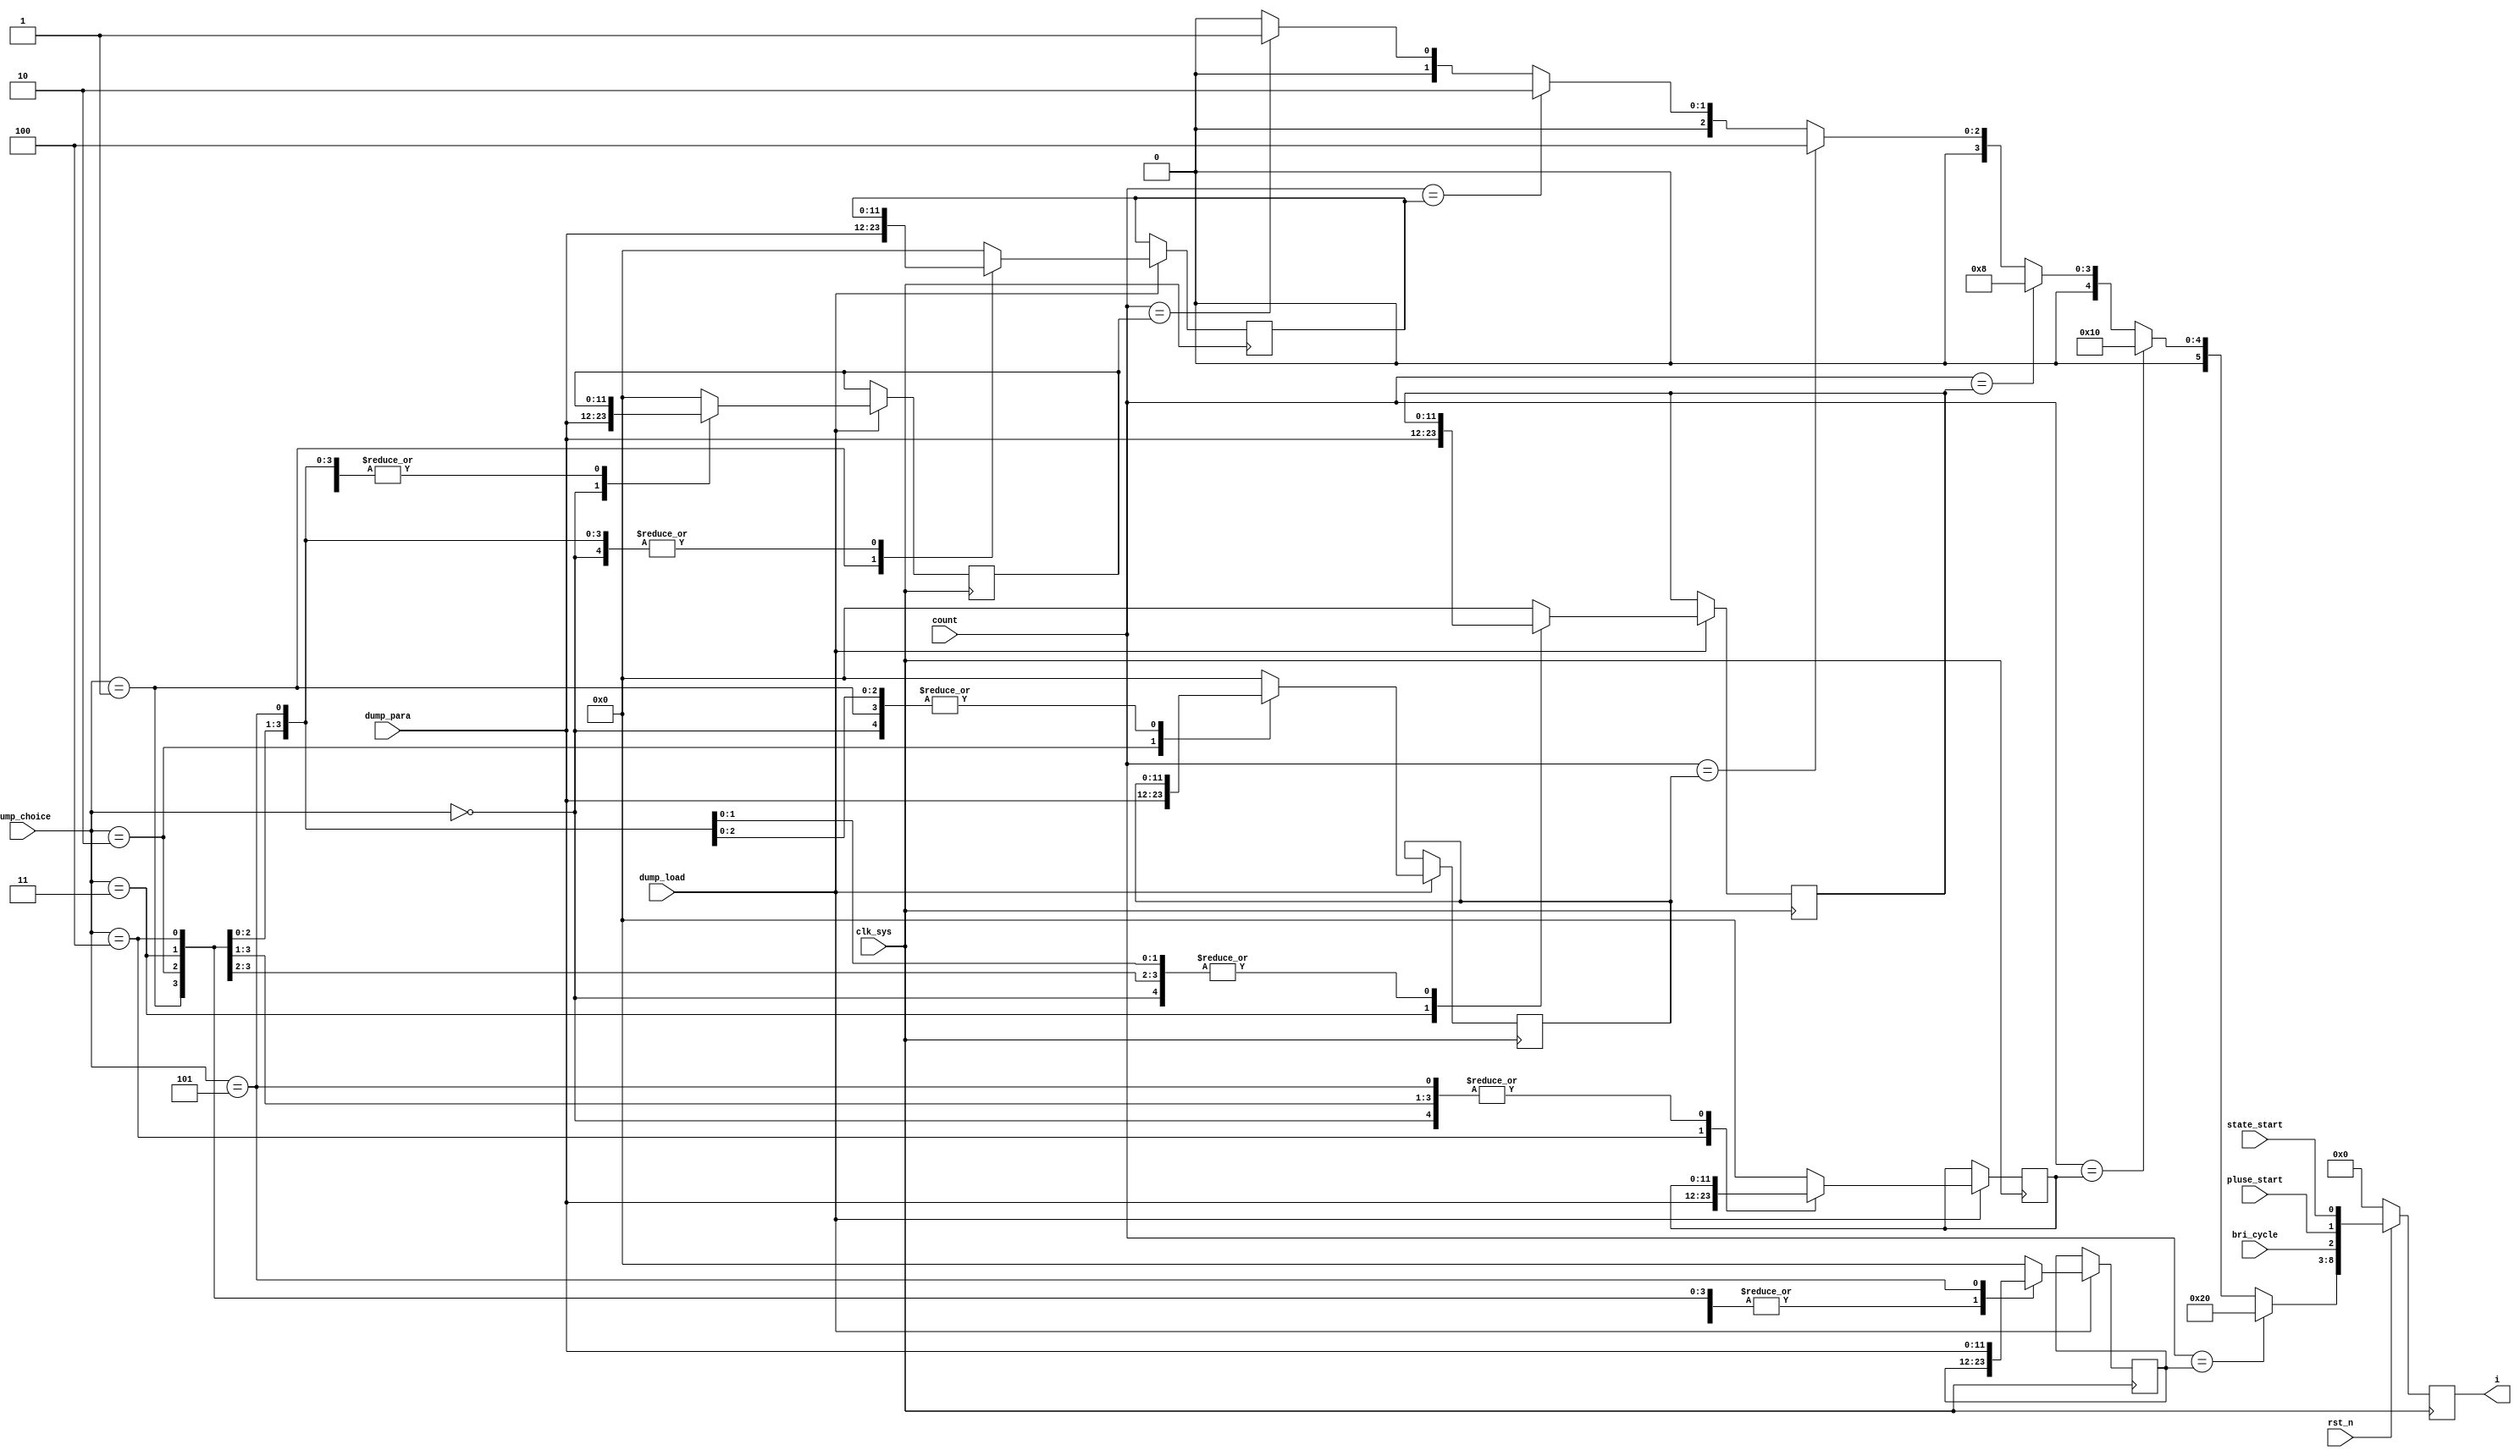
// dump_coder.v
module dump_coder(
                  clk_sys,
                  rst_n,
                  state_start,
                  pluse_start,
                  bri_cycle,
                  dump_load,
                  dump_choice,
                  dump_para,
                  count,
                  i
                 );

input clk_sys;
input rst_n;
input state_start;
input pluse_start;
input bri_cycle;
input dump_load;

input [2:0]  dump_choice;
input [11:0] dump_para;


input [11:0] count;

output [8:0] i;

reg [5:0] i_reg;
reg [8:0] i;

reg [11:0] para1;
reg [11:0] para2;
reg [11:0] para3;
reg [11:0] para4;
reg [11:0] para5;
reg [11:0] para6;

always @ (posedge clk_sys)
    begin
         if (dump_load == 1'b1)
             begin
                  case (dump_choice)
                      3'b000:
                          para1 <= dump_para;
                      3'b001:
                          para2 <= dump_para;
                      3'b010:
                          para3 <= dump_para;
                      3'b011:
                          para4 <= dump_para;
                      3'b100:
                          para5 <= dump_para;
                      3'b101:
                          para6 <= dump_para;
                      default:
                          begin
                               para1 <= 12'b0;
                               para2 <= 12'b0;
                               para3 <= 12'b0;
                               para4 <= 12'b0;
                               para5 <= 12'b0;
                               para6 <= 12'b0;
                          end
                  endcase
             end
         else
             begin
                  para1 <= para1;
                  para2 <= para2;
                  para3 <= para3;
                  para4 <= para4;
                  para5 <= para5;
                  para6 <= para6;
             end
    end

always @ (count or para1 or para2 or para3 or para4 or para5 or para6)
    begin
         //i_reg = 6'b0;
         case (count)
             para6:
                 i_reg = 6'b100000;
             para5:
                 i_reg = 6'b010000;
             para4:
                 i_reg = 6'b001000;
             para3:
                 i_reg = 6'b000100;
             para2:
                 i_reg = 6'b000010;
             para1:
                 i_reg = 6'b000001;
             default:
                 i_reg = 6'b0;
         endcase
    end

always @ (posedge clk_sys) 
    begin
         if (rst_n == 1'b0)
             i <= 9'b0;
         else
             i <= {i_reg,bri_cycle,pluse_start,state_start};
    end

endmodule